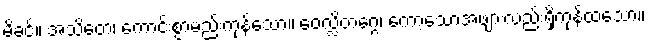
မိခင်။ အသိတေ၊ ကောင်းစွာမည်းကုန်သော။ ဝေလ္လိတဂ္ဂေ၊ ကော့သောအဖျားလည်းရှိကုန်ထသော။